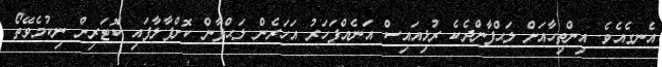
އެނގެއެވެ. އިންތިހާއަށް ލަޙްފާންދެކެ ރުޅިއައިސް އަނެއްފަހަރު އަހަރެން ލަޙްފާން ކޮށްޕާލާފައި ކޮޓަރިން ނިކުމެވޭތޯ